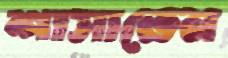
শাসাতেন